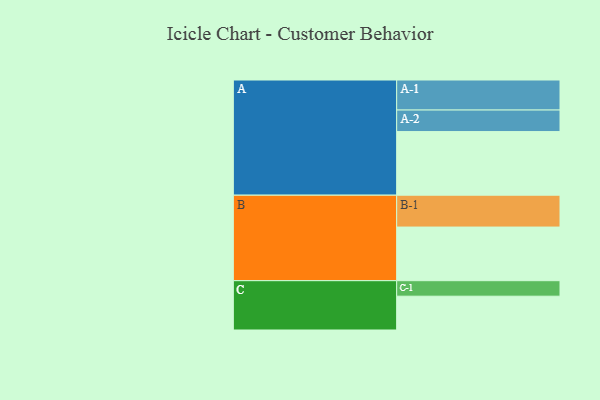
{"axis": {"x": "Segment", "y": "Value"}, "legend": ["", "A", "B", "C"], "data": [{"x": "A", "y": 587, "type": ""}, {"x": "B", "y": 495, "type": ""}, {"x": "C", "y": 312, "type": ""}, {"x": "A-1", "y": 277, "type": "A"}, {"x": "A-2", "y": 199, "type": "A"}, {"x": "B-1", "y": 294, "type": "B"}, {"x": "C-1", "y": 143, "type": "C"}]}